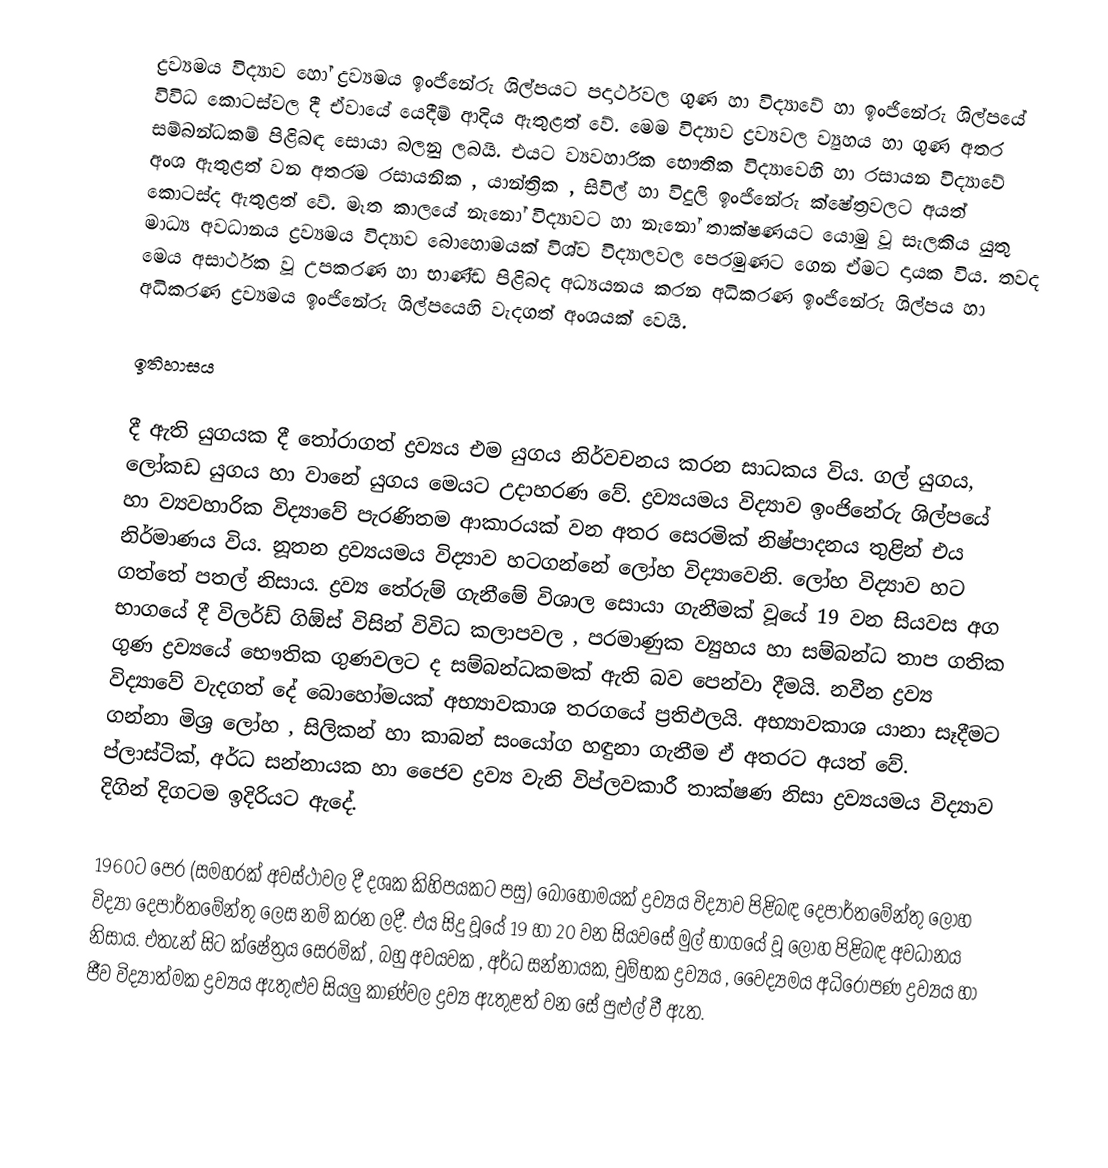
ද්‍රව්‍යමය විද්‍යාව හෝ ද්‍රව්‍යමය ඉංජිනේරු ශිල්පයට පදාර්ථවල ගුණ හා විද්‍යාවේ හා ඉංජිනේරු ශිල්පයේ විවිධ කොටස්වල දී ඒවායේ යෙදීම් ආදිය ඇතුළත් වේ. මෙම විද්‍යාව ද්‍රව්‍යවල ව්‍යුහය හා ගුණ අතර සම්බන්ධකම් පිළිබඳ සොයා බලනු ලබයි. එයට ව්‍යවහාරික භෞතික විද්‍යාවෙහි හා රසායන විද්‍යාවේ අංශ ඇතුළත් වන අතරම රසායනික , යාන්ත්‍රික , සිවිල් හා විදුලි ඉංජිනේරු ‍ක්ෂේත්‍රවලට අයත් කොටස්ද ඇතුළත් වේ. මෑත කාලයේ නැනෝ විද්‍යාවට හා නැනෝ තාක්ෂණයට යොමු වූ සැලකිය යුතු මාධ්‍ය අවධානය ද්‍රව්‍යමය විද්‍යාව බොහොමයක් විශ්ව විද්‍යාලවල පෙරමුණට ගෙන ඒමට දායක විය. තවද මෙය අසාර්ථක වූ උපකරණ හා භාණ්ඩ පිළිබද අධ්‍යයනය කරන අධිකරණ ඉංජිනේරු ශිල්පය හා අධිකරණ ‍ද්‍රව්‍යමය ඉංජිනේරු ශිල්පයෙහි වැදගත් අංශයක් වෙයි.

ඉතිහාසය

දී ඇති යුගයක දී තෝරාගත් ද්‍රව්‍යය එම යුගය නිර්වචනය කරන සාධකය විය. ගල් යුගය, ලෝකඩ යුගය හා වානේ යුගය මෙයට උදාහරණ වේ. ද්‍රව්‍යයමය විද්‍යාව ඉංජිනේරු ශිල්පයේ හා ව්‍යවහාරික විද්‍යාවේ පැරණිතම ආකාරයක් වන අතර සෙරමික් නිෂ්පාදනය තුළින් එය නිර්මාණය විය. නූතන ද්‍රව්‍යයමය විද්‍යාව හටගන්නේ ලෝහ විද්‍යාවෙනි. ලෝහ විද්‍යාව හට ගත්තේ පතල් නිසාය. ද්‍රව්‍ය තේරුම් ගැනීමේ විශාල සොයා ගැනීමක් වූයේ 19 වන සියවස අග භාගයේ දී විලර්ඩ් ගිඕස් විසින් විවිධ කලාපවල , පරමාණුක ව්‍යුහය හා සම්බන්ධ තාප ගතික ගුණ ද්‍රව්‍යයේ භෞතික ගුණවලට ද සම්බන්ධකමක් ඇති බව පෙන්වා දීමයි. නවීන ද්‍රව්‍ය විද්‍යාවේ වැදගත් දේ බොහෝමයක් අභ්‍යාවකාශ තරගයේ ප්‍රතිඵලයි. අභ්‍යාවකාශ යානා සෑදීමට ගන්නා මිශ්‍ර ලෝහ , සිලිකන් හා කාබන් සංයෝග හඳුනා ගැනීම ඒ අතරට අයත් වේ. ප්ලාස්ටික්, අර්ධ සන්නායක හා ජෛව ද්‍රව්‍ය වැනි විප්ලවකාරී තාක්ෂණ නිසා ද්‍රව්‍යයමය විද්‍යාව දිගින් දිගටම ඉදිරියට ඇදේ.

1960ට පෙර (සමහරක් අවස්ථාවල දී දශක කිහිපයකට පසු) බොහෝමයක් ද්‍රව්‍යය විද්‍යාව පිළිබඳ දෙපාර්තමේන්තු ලෝහ විද්‍යා දෙපාර්තමේන්තු ලෙස නම් කරන ලදී. එය සිදු වූයේ 19 හා 20 වන සියවසේ මුල් භාගයේ වූ ලෝහ පිළිබඳ අවධානය නිසාය. එතැන් සිට ක්ෂේත්‍රය සෙරමික් , බහු අවයවක , අර්ධ සන්නායක, චුම්භක ද්‍රව්‍යය , වෛද්‍යමය අධිරෝපණ ද්‍රව්‍යය හා ජීව විද්‍යාත්මක ද්‍රව්‍යය ඇතුළුව සියලු කාණ්වල ද්‍රව්‍ය ඇතුළත් වන සේ පුළුල් වී ඇත.